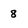
Character: 8